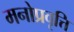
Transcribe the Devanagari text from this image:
मनोप्रवृत्ति